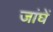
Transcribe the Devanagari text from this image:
जांघें